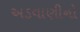
અડવાણીનો